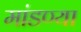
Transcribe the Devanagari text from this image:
मांडण्या